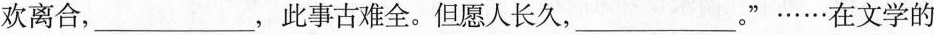
欢离合，___，此事古难全。但愿人长久，___。”……在文学的